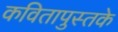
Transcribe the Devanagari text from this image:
कवितापुस्तके